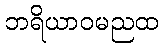
ဘရိယာဝမညထ